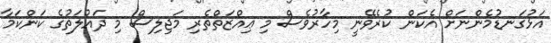
އަޅުގަނޑުމެންނަށް އެކަން ކުރެވޭނީ މިހާރުވެސް މި ޢިއްޒަތްތެރި މަޖިލިސް މި ދައުލަތުގެ ކަންކަމާ